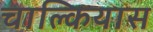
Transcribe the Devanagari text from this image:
चाल्कियास